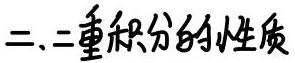
二、二重积分的性质